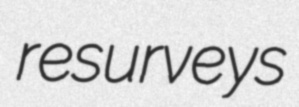
resurveys